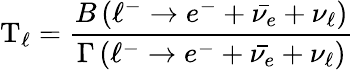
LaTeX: \mathrm{T}_{\ell}={\frac{B\left(\ell^{-}\rightarrow e^{-}+{\bar{\nu_{e}}}+\nu_{\ell}\right)}{\Gamma\left(\ell^{-}\rightarrow e^{-}+{\bar{\nu_{e}}}+\nu_{\ell}\right)}}